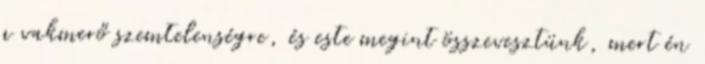
a vakmerő szemtelenségre, és este megint összevesztünk, mert én